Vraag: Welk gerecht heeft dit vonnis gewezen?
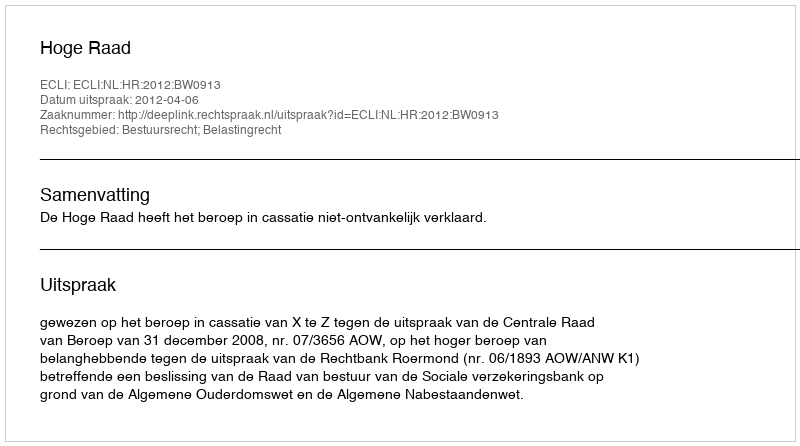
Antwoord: Hoge Raad